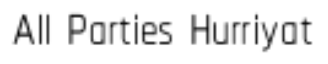
All Parties Hurriyat